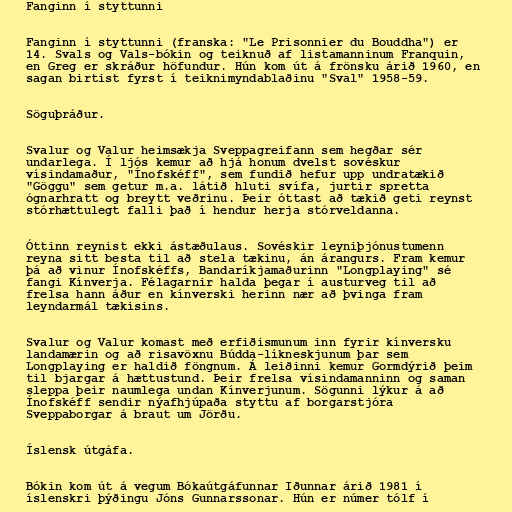
Fanginn í styttunni

Fanginn í styttunni (franska: "Le Prisonnier du Bouddha") er
14. Svals og Vals-bókin og teiknuð af listamanninum Franquin,
en Greg er skráður höfundur. Hún kom út á frönsku árið 1960, en
sagan birtist fyrst í teiknimyndablaðinu "Sval" 1958-59.

Söguþráður.

Svalur og Valur heimsækja Sveppagreifann sem hegðar sér
undarlega. Í ljós kemur að hjá honum dvelst sovéskur
vísindamaður, "Ínofskéff", sem fundið hefur upp undratækið
"Göggu" sem getur m.a. látið hluti svífa, jurtir spretta
ógnarhratt og breytt veðrinu. Þeir óttast að tækið geti reynst
stórhættulegt falli það í hendur herja stórveldanna.

Óttinn reynist ekki ástæðulaus. Sovéskir leyniþjónustumenn
reyna sitt besta til að stela tækinu, án árangurs. Fram kemur
þá að vinur Ínofskéffs, Bandaríkjamaðurinn "Longplaying" sé
fangi Kínverja. Félagarnir halda þegar í austurveg til að
frelsa hann áður en kínverski herinn nær að þvinga fram
leyndarmál tækisins.

Svalur og Valur komast með erfiðismunum inn fyrir kínversku
landamærin og að risavöxnu Búdda-líkneskjunum þar sem
Longplaying er haldið föngnum. Á leiðinni kemur Gormdýrið þeim
til bjargar á hættustund. Þeir frelsa vísindamanninn og saman
sleppa þeir naumlega undan Kínverjunum. Sögunni lýkur á að
Ínofskéff sendir nýafhjúpaða styttu af borgarstjóra
Sveppaborgar á braut um Jörðu.

Íslensk útgáfa.

Bókin kom út á vegum Bókaútgáfunnar Iðunnar árið 1981 í
íslenskri þýðingu Jóns Gunnarssonar. Hún er númer tólf í